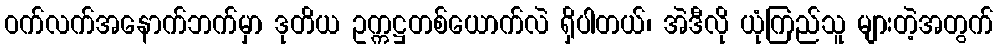
ဝက်လက်အနောက်ဘက်မှာ ဒုတိယ ဥက္ကဋ္ဌတစ်ယောက်လဲ ရှိပါတယ်၊ အဲဒီလို ယုံကြည်သူ များတဲ့အတွက်